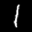
Label: 1